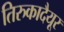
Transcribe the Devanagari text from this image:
तिरुकादैयूर